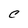
Character: C